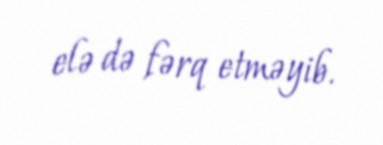
elə də fərq etməyib.